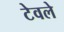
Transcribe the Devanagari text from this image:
टेवले